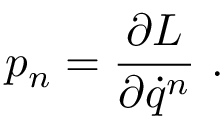
p _ { n } = \frac { \partial L } { \partial \dot { q } ^ { n } } \ .